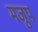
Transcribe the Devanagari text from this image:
मजुप